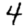
Digit: 4